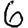
Digit: 6